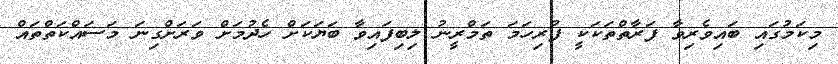
މިކަމުގައި ބައިވެރިވާ ފަރާތްތަކަކީ ފުރިހަމަ ތަމްރީނު ލިބިފައިވާ ބަޔަކަށް ހެދުމަށް ވަރަށްގިނަ މަސައްކަތްތައް